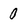
Character: 0